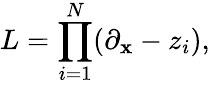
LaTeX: L=\prod_{i=1}^{N}(\partial_{\mathbf{x}}-z_{i}),